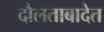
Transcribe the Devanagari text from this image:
दौलताबादेत